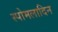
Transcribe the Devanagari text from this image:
स्पोमलादिन